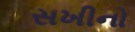
સખીનો